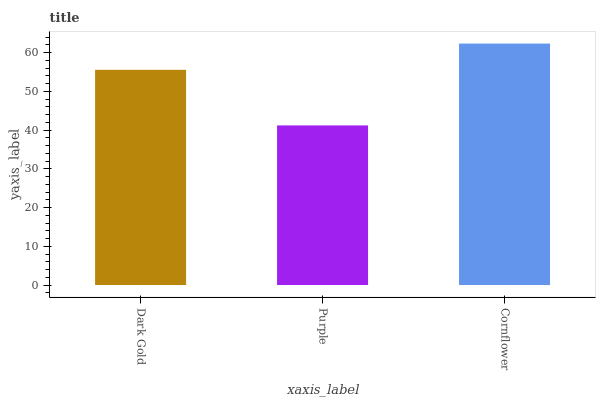
| xaxis_label | bars |
 | --- | --- |
 | Dark Gold | 55.6 |
 | Purple | 41.2 |
 | Cornflower | 62.3 |